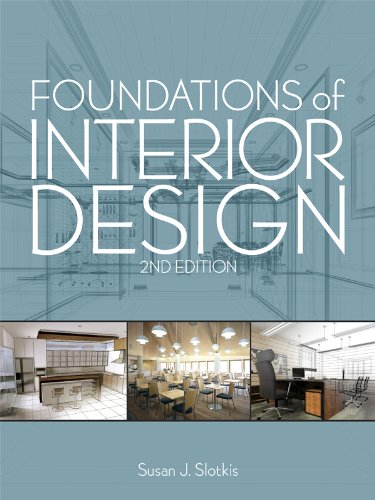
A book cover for Foundations of Interior Design; Susan J. Slotkis; Arts & Photography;